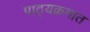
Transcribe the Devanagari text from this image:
पाठ्यक्रमात